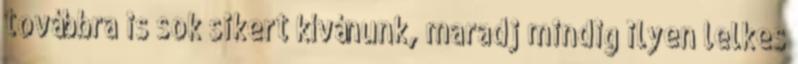
továbbra is sok sikert kívánunk, maradj mindig ilyen lelkes